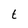
Character: t